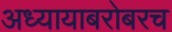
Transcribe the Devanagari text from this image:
अध्यायाबरोबरच